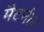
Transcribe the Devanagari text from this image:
मैटर्नल